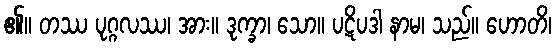
၏။ တဿ ပုဂ္ဂလဿ၊ အား။ ဒုက္ခာ၊ သော။ ပဋိပဒါ နာမ၊ သည်။ ဟောတိ၊